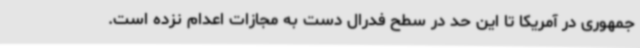
جمهوری در آمریکا تا این حد در سطح فدرال دست به مجازات اعدام نزده است.